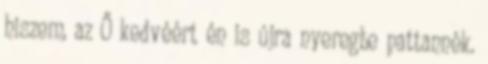
hiszem, az Ő kedvéért én is újra nyeregbe pattannék.